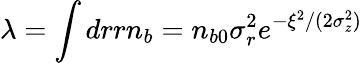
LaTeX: \lambda=\int drrn_{b}=n_{b0}\sigma_{r}^{2}e^{-\xi^{2}/(2\sigma_{z}^{2})}